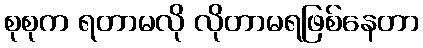
စုစုက ရတာမလို လိုတာမရဖြစ်နေတာ